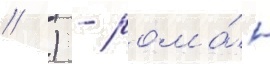
// ) - рома́н